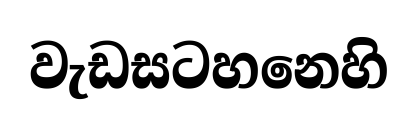
වැඩසටහනෙහි